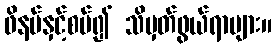
ဖိနပ်နှင့်စပ်၍ သိမှတ်ဖွယ်ရာများ။